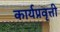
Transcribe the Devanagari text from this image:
कार्यप्रवृत्ती